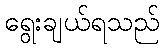
ရွေးချယ်ရသည်